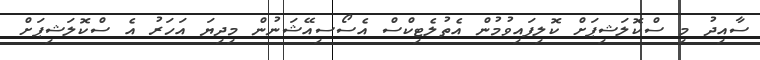
ސާއިދު މި ސްކޮލަޝިޕަށް ކޮލިފައިވުމުން އެތުލެޓިކްސް އެސޯސިއޭޝަނުން މިދިޔަ އަހަރު އެ ސްކޮލަޝިޕަށް